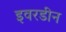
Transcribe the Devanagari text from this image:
इवरडीन